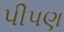
પીપણ